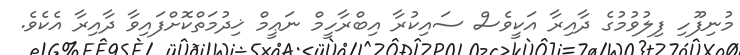
މުނިފޫހި ފިލުވުމުގެ ދާއިރާ އަކީވެސް ސައިކުރާ އިބްރާހީމް ނަޢީމް ޚިދުމަތްކޮށްފައިވާ ދާއިރާ އެކެވެ.